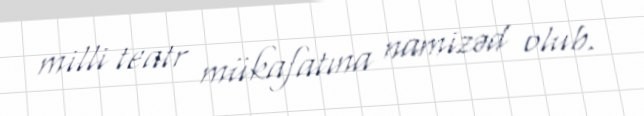
milli teatr mükafatına namizəd olub.